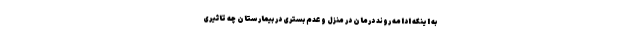
به اینکه ادامه روند درمان در منزل و عدم بستری در بیمارستان چه تاثیری